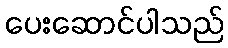
ပေးဆောင်ပါသည်